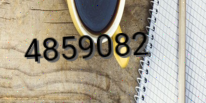
4859082